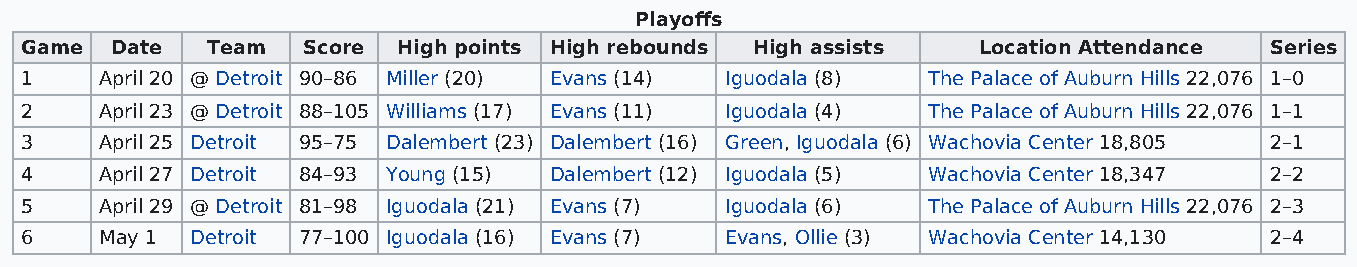
Playoffs
 Game  Date   Team  Score High points High rebounds High assists Location Attendance Series
 1     April 20 @ Detroit 90–86 Miller (20) Evans (14) Iguodala (8) The Palace of Auburn Hills 22,076 1–0
 2     April 23 @ Detroit 88–105 Williams (17) Evans (11) Iguodala (4) The Palace of Auburn Hills 22,076 1–1
 3     April 25 Detroit 95–75 Dalembert (23) Dalembert (16) Green, Iguodala (6) Wachovia Center 18,805 2–1
 4     April 27 Detroit 84–93 Young (15) Dalembert (12) Iguodala (5) Wachovia Center 18,347 2–2
 5     April 29 @ Detroit 81–98 Iguodala (21) Evans (7) Iguodala (6) The Palace of Auburn Hills 22,076 2–3
 6     May 1 Detroit 77–100 Iguodala (16) Evans (7) Evans, Ollie (3) Wachovia Center 14,130 2–4